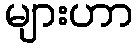
များဟာ